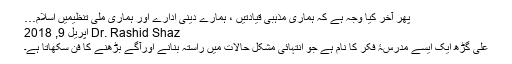
پھر آخر کیا وجہ ہے کہ ہماری مذہبی قیادتیں ، ہمارے دینی ادارے اور ہماری ملی تنظیمیں اسلام…
Dr. Rashid Shaz اپریل 9, 2018
علی گڑھ ایک ایسے مدرسۂ فکر کا نام ہے جو انتہائی مشکل حالات میں راستہ بنانے اورآگے بڑھنے کا فن سکھاتا ہے۔